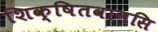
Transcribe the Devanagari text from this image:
शिक्षितवानसि